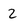
Character: 2